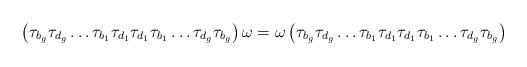
LaTeX: \begin{align*}\left( \tau_{b_g} \tau_{d_g} \ldots \tau_{b_1} \tau_{d_1} \tau_{d_1} \tau_{b_1} \ldots \tau_{d_g} \tau_{b_g} \right) \omega = \omega \left( \tau_{b_g} \tau_{d_g} \ldots \tau_{b_1} \tau_{d_1} \tau_{d_1} \tau_{b_1} \ldots \tau_{d_g} \tau_{b_g} \right)\end{align*}